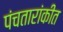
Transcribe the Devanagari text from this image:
पंचतारांकीत